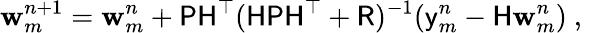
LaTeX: \mathbf{w}_{m}^{n+1}=\mathbf{w}_{m}^{n}+\mathsf{{PH}}^{\top}(\mathsf{{HPH}}^{\top}+\mathsf{{R}})^{-1}(\mathsf{{y}}_{m}^{n}-\mathsf{{H}}\mathbf{w}_{m}^{n})\mathrm{{~,~}}